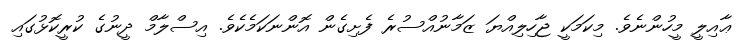
ޢާއިލީ މީހުންނެވެ. މިކަމަކީ ޖާހިލިއްޔަ ޒަމާނުއްސުރެ ފެށިގެން އޮންނަކަމެކެވެ. އިސްލާމް ދީނުގެ ކުރީކޮޅުގައި